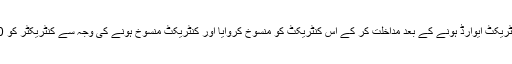
وکیل نعیم بخاری نے کہا کہ وزیر اعلیٰ نے کنٹریکٹ ایوارڈ ہونے کے بعد مداخلت کر کے اس کنٹریکٹ کو منسوخ کروایا اور کنٹریکٹ منسوخ ہونے کی وجہ سے کنٹریکٹر کو 60 لاکھ روپے منسوخی کا جرمانہ ادا کرنا پڑا۔